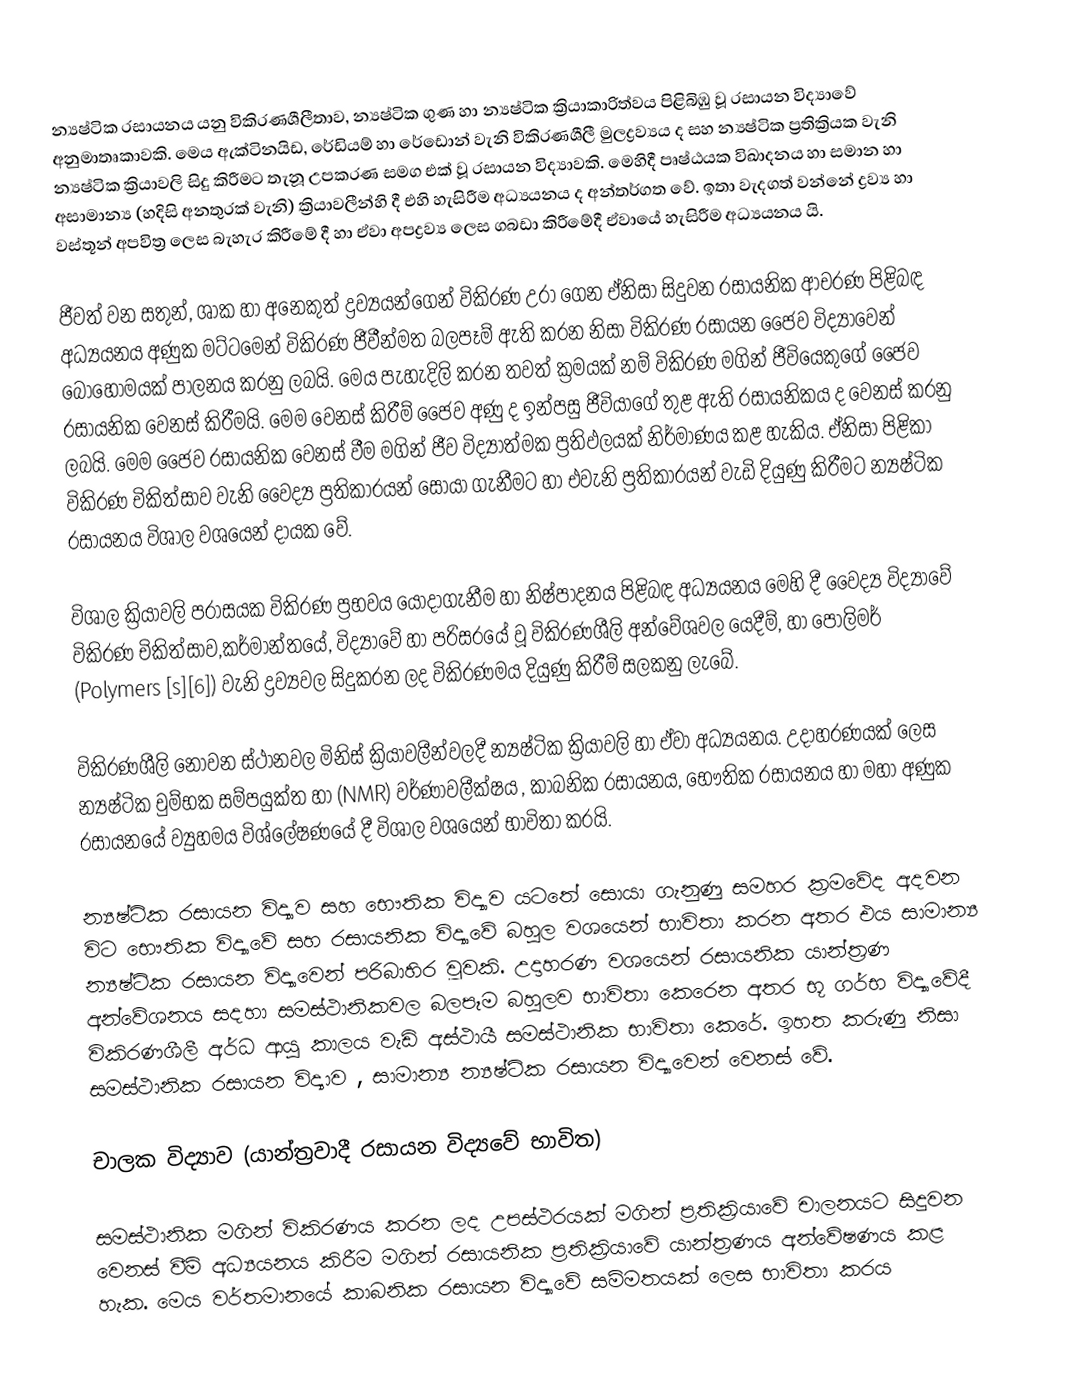
න්‍යෂ්ටික රසායනය යනු විකිරණශීලීතාව, න්‍යෂ්ටික ගුණ හා න්‍යෂ්ටික ක්‍රියාකාරිත්වය පිළිබිඹු වූ රසායන විද්‍යාවේ අනුමාතෘකාවකි. මෙය ඇක්ටිනයිඩ, රේඩියම් හා රේඩොන් වැනි විකිරණශීලී මුලද්‍රව්‍යය ද සහ න්‍යෂ්ටික ප්‍රතික්‍රියක වැනි න්‍යෂ්ටික ක්‍රියාවලි සිදු කිරීමට තැනූ උපකරණ සමග එක් වූ රසායන විද්‍යාවකි. මෙහිදී පෘෂ්ඨයක විඛාදනය හා සමාන හා අසාමාන්‍ය (හදිසි අනතුරක් වැනි) ක්‍රියාවලීන්හි දී එහි හැසිරීම අධ්‍යයනය ද අන්තර්ගත වේ. ඉතා වැදගත් වන්නේ ද්‍රව්‍ය හා වස්තූන් අපවිත්‍ර ලෙස බැහැර කිරීමේ දී හා ඒවා අපද්‍රව්‍ය ලෙස ගබඩා කිරීමේදී ඒවායේ හැසිරීම අධ්‍යයනය යි.

ජීවත් වන සතුන්, ශාක හා අනෙකුත් ද්‍රව්‍යයන්ගෙන් විකිරණ උරා ගෙන ඒනිසා සිදුවන රසායනික ආචරණ පිළිබඳ අධ්‍යයනය අණුක මට්ටමෙන් විකිරණ ජීවීන්මත බලපෑම් ඇති කරන නිසා විකිරණ රසායන ජෛව විද්‍යාවෙන් බොහෝමයක් පාලනය කරනු ලබයි. මෙය පැහැදිලි කරන තවත් ක්‍රමයක් නම් විකිරණ මගින් ජීවියෙකුගේ ජෛව රසායනික වෙනස් කිරීමයි. මෙම වෙනස් කිරීම් ජෛව අණු ද ඉන්පසු ජීවියාගේ තුළ ඇති රසායනිකය ද වෙනස් කරනු ලබයි. මෙම ජෛව රසායනික වෙනස් වීම මගින් ජීව විද්‍යාත්මක ප්‍රතිඵලයක් නිර්මාණය කළ හැකිය. ඒනිසා පිළිකා විකිරණ චිකිත්සාව වැනි වෛද්‍ය ප්‍රතිකාරයන් සොයා ගැනීමට හා එවැනි ප්‍රතිකාරයන් වැඩි දියුණු කිරීමට න්‍යෂ්ටික රසායනය විශාල වශයෙන් දායක වේ.

විශාල ක්‍රියාවලි පරාසයක විකිරණ ප්‍රභවය යොදාගැනීම හා නිෂ්පාදනය පිළිබඳ අධ්‍යයනය මෙහි දී වෛද්‍ය විද්‍යාවේ විකිරණ චිකිත්සාව,කර්මාන්තයේ, විද්‍යාවේ හා පරිසරයේ වූ විකිරණශීලි අන්වේශවල යෙදීම්, හා පොලිමර් (Polymers [s][6]) වැනි ද්‍රව්‍යවල සිදුකරන ලද විකිරණමය දියුණු කිරීම් සලකනු ලැබේ.

විකිරණශීලි නොවන ස්ථානවල මිනිස් ක්‍රියාවලීන්වලදී න්‍යෂ්ටික ක්‍රියාවලි හා ඒවා අධ්‍යයනය. උදාහරණයක් ලෙස න්‍යෂ්ටික චුම්භක සම්පයුක්ත හා (NMR) වර්ණාවලීක්ෂය , කාබනික රසායනය, භෞතික රසායනය හා මහා අණුක රසායනයේ ව්‍යුහමය විශ්ලේෂණයේ දී විශාල වශයෙන් භාවිතා කරයි.

න්‍යෂ්ටික රසායන විද්‍යාව සහ භෞතික විද්‍යාව යටතේ සොයා ගැනුණු සමහර ක්‍රමවේද අදවන විට භෞතික විද්‍යාවේ සහ රසායනික විද්‍යාවේ බහුල වශයෙන් භාවිතා කරන අතර එය සාමාන්‍ය න්‍යෂ්ටික රසායන විද්‍යාවෙන් පරිබාහිර වූවකි. උදාහරණ වශයෙන් රසායනික යාන්ත්‍රණ අන්වේශනය සදහා සමස්ථානිකවල බලපෑම බහුලව භාවිතා කෙරෙන අතර භූ ගර්භ විද්‍යාවේදී විකිරණශීලී අර්ධ ආයු කාලය වැඩි අස්ථායී සමස්ථානික භාවිතා කෙරේ. ඉහත කරුණු නිසා සමස්ථානික රසායන විද්‍ය‍ාව , සාමාන්‍ය න්‍යෂ්ටික රසායන විද්‍යාවෙන් වෙනස් වේ.

චාලක විද්‍යාව (යාන්ත්‍රවාදී රසායන විද්‍යවේ භාවිත)

සමස්ථානික මගින් විකිරණය කරන ලද උපස්ථරයක් මගින් ප්‍රතික්‍රියාවේ චාලනයට සිදුවන වෙනස් වීම් අධ්‍යයනය කිරීම මගින් රසායනික ප්‍රතික්‍රියාවේ යාන්ත්‍රණය අන්වේෂණය කළ හැක. මෙය වර්තමානයේ කාබනික රසායන විද්‍යාවේ සම්මතයක් ලෙස භාවිතා කරය